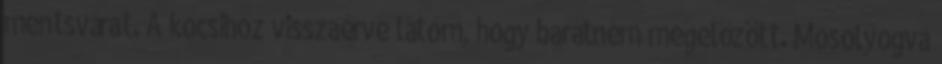
mentsvárat. A kocsihoz visszaérve látom, hogy barátném megelőzött. Mosolyogva